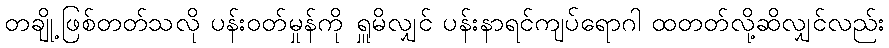
တချို့ဖြစ်တတ်သလို ပန်းဝတ်မှုန်ကို ရှူမိလျှင် ပန်းနာရင်ကျပ်ရောဂါ ထတတ်လို့ဆိလျှင်လည်း